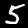
Label: 5